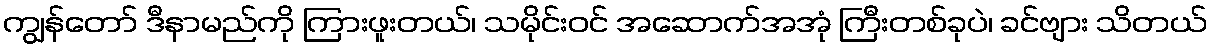
ကျွန်တော် ဒီနာမည်ကို ကြားဖူးတယ်၊ သမိုင်းဝင် အဆောက်အအုံ ကြီးတစ်ခုပဲ၊ ခင်ဗျား သိတယ်